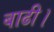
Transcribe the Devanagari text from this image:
बाढी।